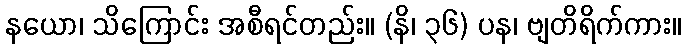
နယော၊ သိကြောင်း အစီရင်တည်း။ (နိ၊ ၃၆) ပန၊ ဗျတိရိက်ကား။